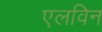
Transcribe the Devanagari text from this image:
एलविन